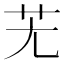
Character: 𦬍